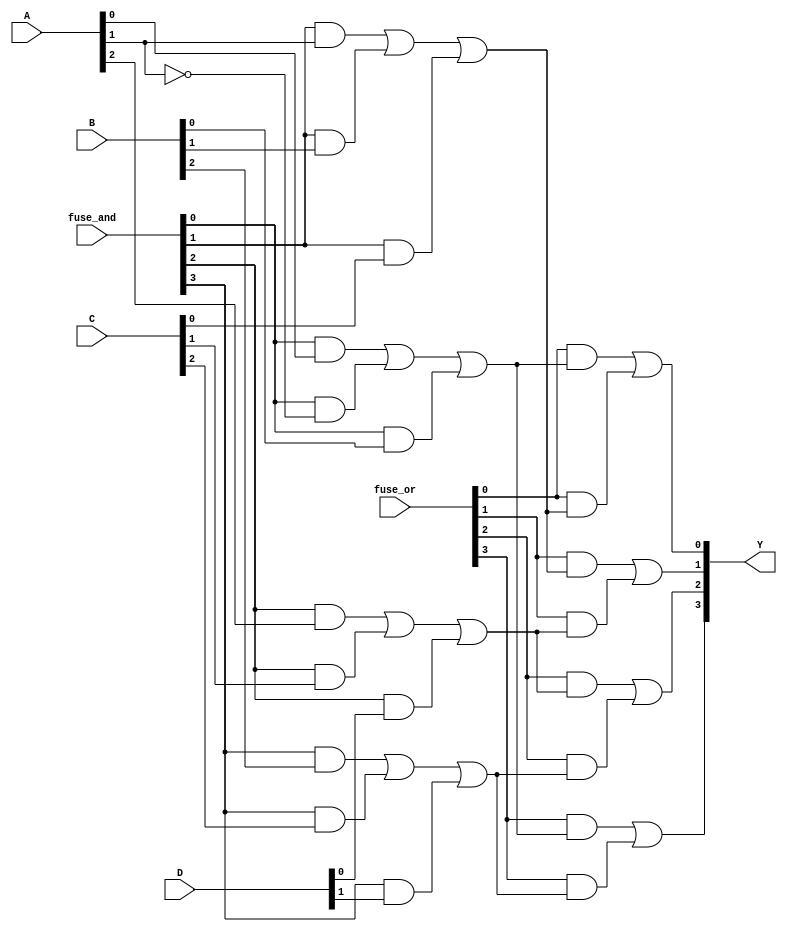
module fuse_based_PLA (
    input wire [3:0] A,      // 4 input lines
    input wire [3:0] B,      // 4 input lines
    input wire [3:0] C,      // 4 input lines
    input wire [3:0] D,      // 4 input lines
    input wire [3:0] fuse_and, // Fuse configuration for AND gates
    input wire [3:0] fuse_or,  // Fuse configuration for OR gates
    output wire [3:0] Y       // 4 output lines
);

// Internal wires for AND gate outputs
wire [3:0] and_out;

// AND Plane: Each AND gate output is determined by the fuses
assign and_out[0] = (fuse_and[0] & A[0]) | (fuse_and[0] & ~A[1]) | (fuse_and[0] & B[0]);
assign and_out[1] = (fuse_and[1] & A[1]) | (fuse_and[1] & B[1]) | (fuse_and[1] & C[0]);
assign and_out[2] = (fuse_and[2] & A[2]) | (fuse_and[2] & C[1]) | (fuse_and[2] & D[0]);
assign and_out[3] = (fuse_and[3] & B[2]) | (fuse_and[3] & C[2]) | (fuse_and[3] & D[1]);

// OR Plane: Each output is determined by the fuses connecting AND outputs
assign Y[0] = (fuse_or[0] & and_out[0]) | (fuse_or[0] & and_out[1]);
assign Y[1] = (fuse_or[1] & and_out[1]) | (fuse_or[1] & and_out[2]);
assign Y[2] = (fuse_or[2] & and_out[2]) | (fuse_or[2] & and_out[3]);
assign Y[3] = (fuse_or[3] & and_out[0]) | (fuse_or[3] & and_out[3]);

endmodule